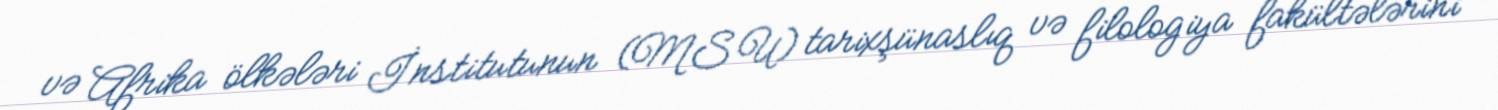
və Afrika ölkələri İnstitutunun (MSU) tarixşünaslıq və filologiya fakültələrini